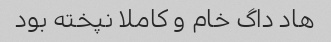
هاد داگ خام و کاملا نپخته بود